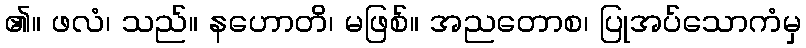
၏။ ဖလံ၊ သည်။ နဟောတိ၊ မဖြစ်။ အညတောစ၊ ပြုအပ်သောကံမှ